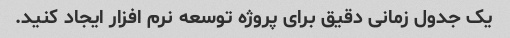
یک جدول زمانی دقیق برای پروژه توسعه نرم افزار ایجاد کنید.